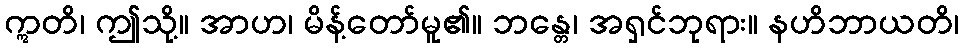
ဣတိ၊ ဤသို့။ အာဟ၊ မိန့်တော်မူ၏။ ဘန္တေ၊ အရှင်ဘုရား။ နဟိဘာယတိ၊